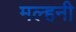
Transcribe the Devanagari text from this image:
मल्‍हनी